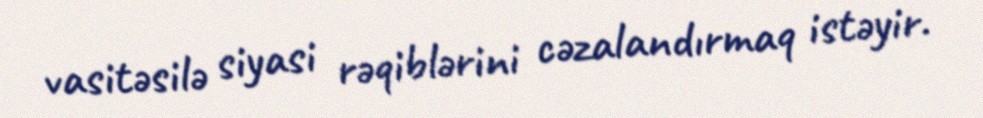
vasitəsilə siyasi rəqiblərini cəzalandırmaq istəyir.